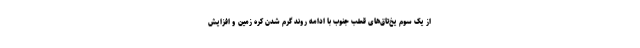
از یک سوم یخ‌تاق‌های قطب جنوب با ادامه روند گرم شدن کره زمین و افزایش